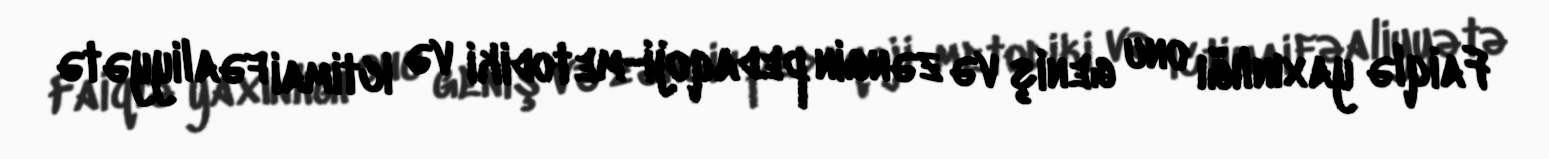
Faiqlə yaxınlığı onu geniş və zəngin pedaqoji-metodiki və ictimai fəaliyyətə